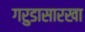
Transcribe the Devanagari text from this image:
गरुडासारखा